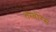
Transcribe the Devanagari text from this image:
तम्बोरेस